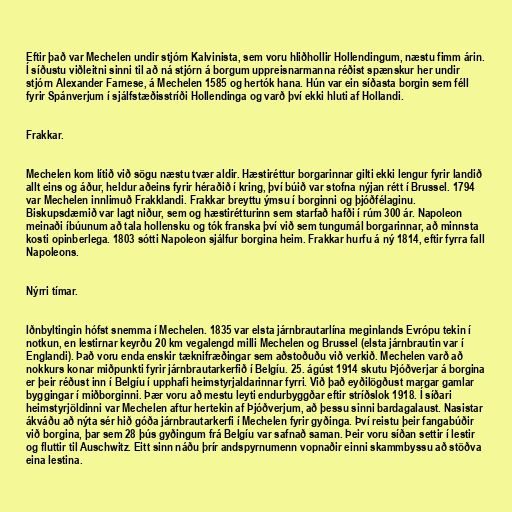
Eftir það var Mechelen undir stjórn Kalvinista, sem voru hliðhollir Hollendingum, næstu fimm árin.
Í síðustu viðleitni sinni til að ná stjórn á borgum uppreisnarmanna réðist spænskur her undir
stjórn Alexander Farnese, á Mechelen 1585 og hertók hana. Hún var ein síðasta borgin sem féll
fyrir Spánverjum í sjálfstæðisstríði Hollendinga og varð því ekki hluti af Hollandi.

Frakkar.

Mechelen kom lítið við sögu næstu tvær aldir. Hæstiréttur borgarinnar gilti ekki lengur fyrir landið
allt eins og áður, heldur aðeins fyrir héraðið í kring, því búið var stofna nýjan rétt í Brussel. 1794
var Mechelen innlimuð Frakklandi. Frakkar breyttu ýmsu í borginni og þjóðfélaginu.
Biskupsdæmið var lagt niður, sem og hæstirétturinn sem starfað hafði í rúm 300 ár. Napoleon
meinaði íbúunum að tala hollensku og tók franska því við sem tungumál borgarinnar, að minnsta
kosti opinberlega. 1803 sótti Napoleon sjálfur borgina heim. Frakkar hurfu á ný 1814, eftir fyrra fall
Napoleons.

Nýrri tímar.

Iðnbyltingin hófst snemma í Mechelen. 1835 var elsta járnbrautarlína meginlands Evrópu tekin í
notkun, en lestirnar keyrðu 20 km vegalengd milli Mechelen og Brussel (elsta járnbrautin var í
Englandi). Það voru enda enskir tæknifræðingar sem aðstoðuðu við verkið. Mechelen varð að
nokkurs konar miðpunkti fyrir járnbrautarkerfið í Belgíu. 25. ágúst 1914 skutu Þjóðverjar á borgina
er þeir réðust inn í Belgíu í upphafi heimstyrjaldarinnar fyrri. Við það eyðilögðust margar gamlar
byggingar í miðborginni. Þær voru að mestu leyti endurbyggðar eftir stríðslok 1918. Í síðari
heimstyrjöldinni var Mechelen aftur hertekin af Þjóðverjum, að þessu sinni bardagalaust. Nasistar
ákváðu að nýta sér hið góða járnbrautarkerfi í Mechelen fyrir gyðinga. Því reistu þeir fangabúðir
við borgina, þar sem 28 þús gyðingum frá Belgíu var safnað saman. Þeir voru síðan settir í lestir
og fluttir til Auschwitz. Eitt sinn náðu þrír andspyrnumenn vopnaðir einni skammbyssu að stöðva
eina lestina.